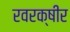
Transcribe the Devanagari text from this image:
रवरक्षीर